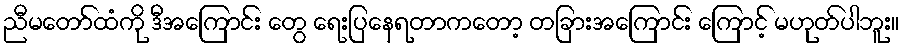
ညီမတော်ထံကို ဒီအကြောင်း တွေ ရေးပြနေရတာကတော့ တခြားအကြောင်း ကြောင့် မဟုတ်ပါဘူး။